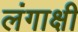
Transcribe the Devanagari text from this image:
लंगाक्षी